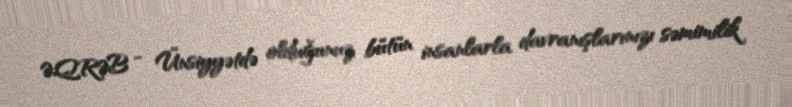
ƏQRƏB - Ünsiyyətdə olduğunuz bütün insanlarla davranışlarınızı səmimilik